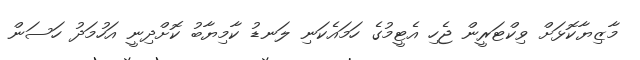
މާޒިޔާކޮޅަށް ވިކްޓަރީން ޖެހި އެޓީމުގެ ހަމައެކަނި ލަނޑު ކާމިޔާބު ކޮށްދިނީ އަހުމަދު ހަސަން